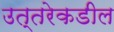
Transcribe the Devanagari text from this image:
उत्‍तरेकडील